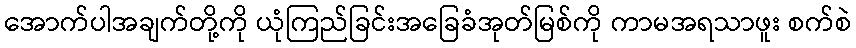
အောက်ပါအချက်တို့ကို ယုံကြည်ခြင်းအခြေခံအုတ်မြစ်ကို ကာမအရသာဖူး စက်စဲ